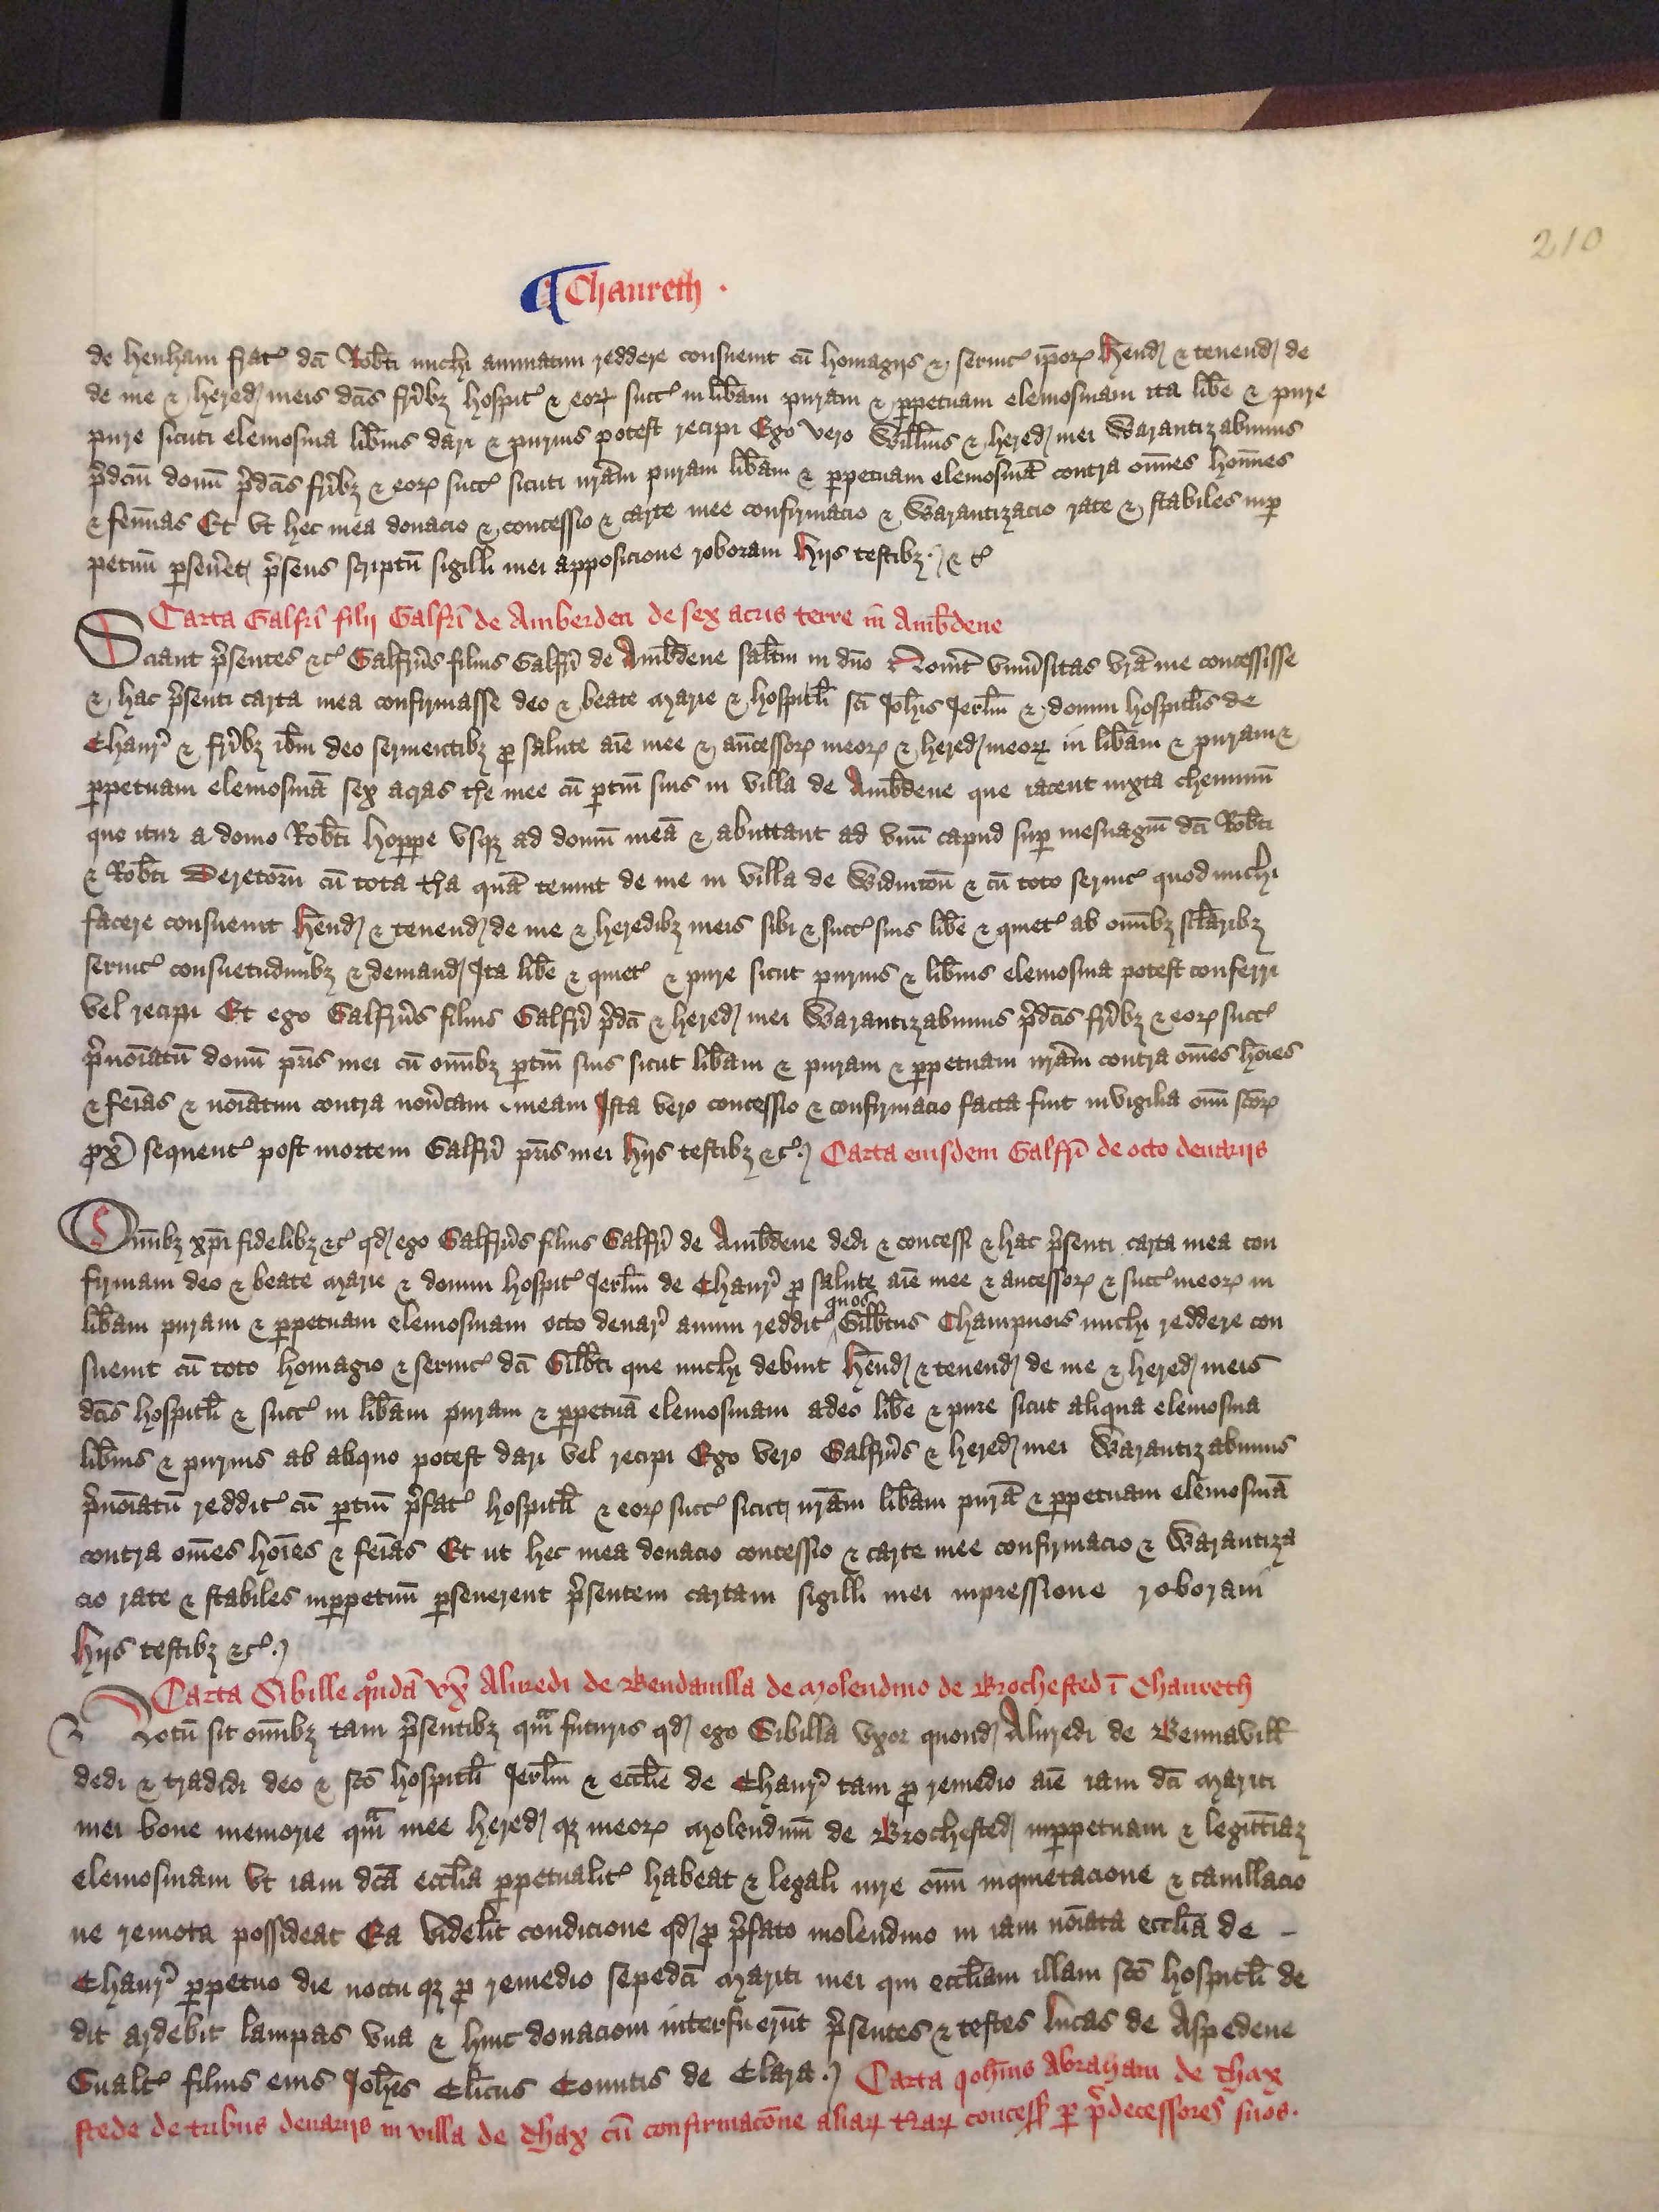
Shelfmark: London, British Library, Nero E VI
Century: 15